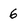
Character: 6